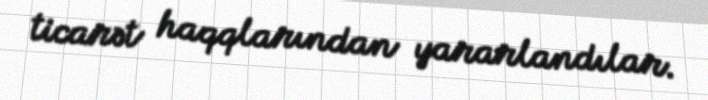
ticarət haqqlarından yararlandılar.